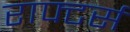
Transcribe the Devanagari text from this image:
राफ्टर्स